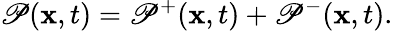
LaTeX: \mathscr{P}({\mathbf{x}},t)=\mathscr{P}^{+}({\mathbf{x}},t)+\mathscr{P}^{-}({\mathbf{x}},t).